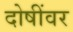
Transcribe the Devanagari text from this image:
दोषींवर